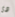
دى